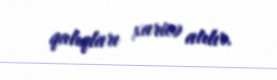
qalıqları xaricə atılır.